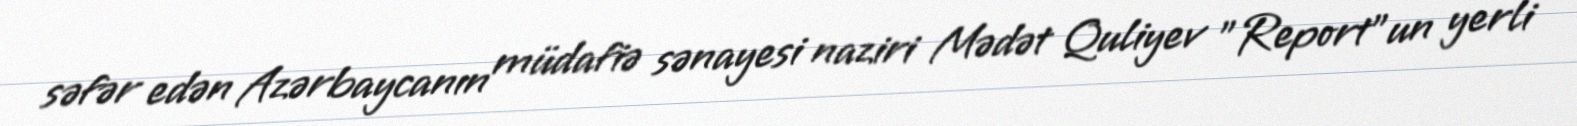
səfər edən Azərbaycanın müdafiə sənayesi naziri Mədət Quliyev "Report"un yerli